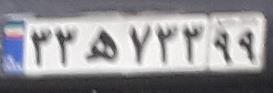
۳۳ه۷۳۳۹۹